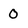
Character: 0